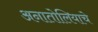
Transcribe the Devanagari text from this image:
अनातोलियाचे